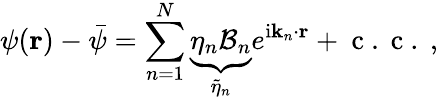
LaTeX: \psi(\mathbf{r})-\bar{\psi}=\sum_{n=1}^{N}\underbrace{\eta_{n}\mathcal{B}_{n}}_{\widetilde{\eta}_{n}}e^{\mathrm{i}\mathbf{k}_{n}\cdot\mathbf{r}}+\mathrm{~c~.~c~.~},